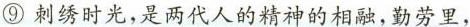
⑨刺绣时光，是两代人的精神的相融，勤劳里，